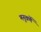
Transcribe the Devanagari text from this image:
मनुवर्णे